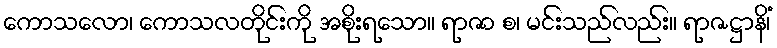
ကောသလော၊ ကောသလတိုင်းကို အစိုးရသော။ ရာဇာ စ၊ မင်းသည်လည်း။ ရာဇဋ္ဌာနိံ၊